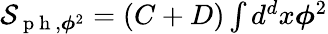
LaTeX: \begin{array}{r}{\mathcal{S}_{\mathrm{~p~h~},\boldsymbol{\phi}^{2}}=(C+D)\int d^{d}x\boldsymbol{\phi}^{2}}\end{array}